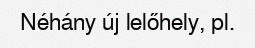
Néhány új lelőhely, pl.